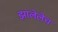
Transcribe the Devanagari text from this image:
झालेलेच